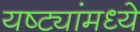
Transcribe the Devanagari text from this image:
यष्ट्यांमध्ये